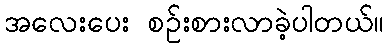
အလေးပေး စဉ်းစားလာခဲ့ပါတယ်။